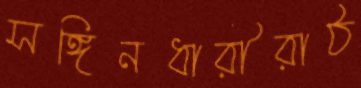
সঙ্গিনধারীরাঠ